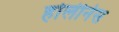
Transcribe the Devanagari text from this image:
होलीनेस